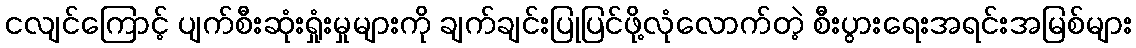
ငလျင်ကြောင့် ပျက်စီးဆုံးရှုံးမှုများကို ချက်ချင်းပြုပြင်ဖို့လုံလောက်တဲ့ စီးပွားရေးအရင်းအမြစ်များ